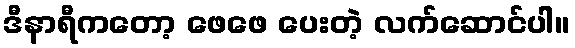
ဒီနာရီကတော့ ဖေဖေ ပေးတဲ့ လက်ဆောင်ပါ။